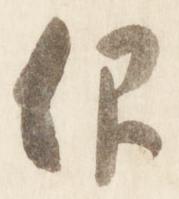
仰